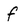
Character: f